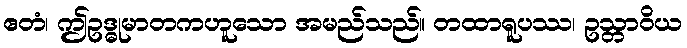
ဧတံ၊ ဤဥဒ္ဓုမာတကဟူသော အမည်သည်။ တထာရူပဿ၊ ဥသ္တာဝိယ